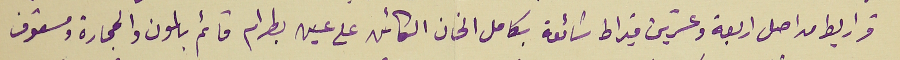
قراريط من اصل اربعة وعشرين قيراط شائعة بكامل الخان الكائن على عين بطرام قائم باطون والحجارة ومسقوف